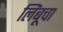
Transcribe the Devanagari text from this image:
लिंबूचा